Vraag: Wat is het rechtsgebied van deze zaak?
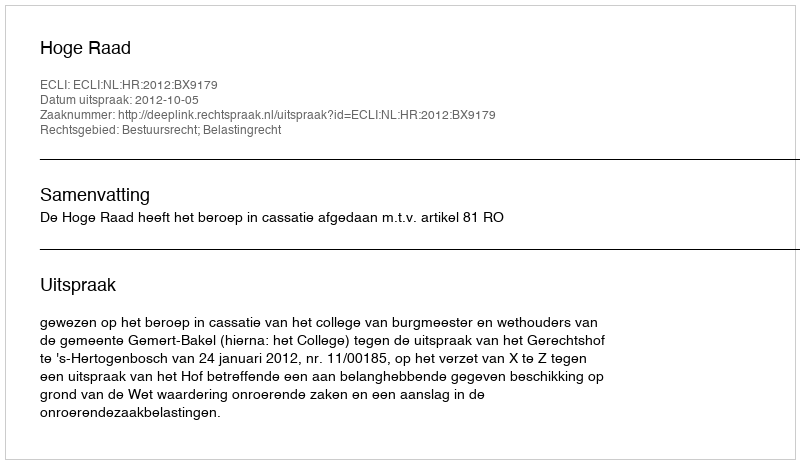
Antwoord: Bestuursrecht; Belastingrecht